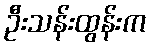
ဦးသန်းထွန်းက